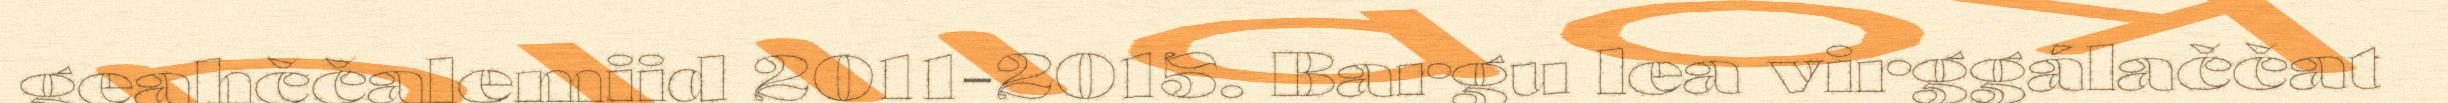
geahččalemiid 2011-2015. Bargu lea virggálaččat